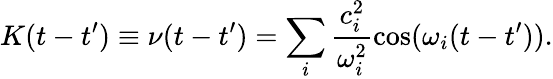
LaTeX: K(t-t^{\prime})\equiv\nu(t-t^{\prime})=\sum_{i}\frac{c_{i}^{2}}{\omega_{i}^{2}}\cos(\omega_{i}(t-t^{\prime})).